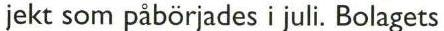
jekt som påbörjades i juli. Bolagets